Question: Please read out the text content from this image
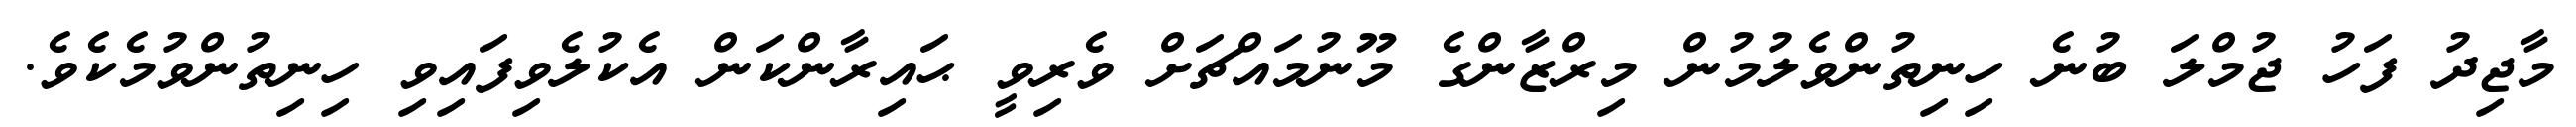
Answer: މާޖިދު ފަހު ޖުމްލަ ބުނެ ހިނިތުންވެލުމުން މިރްޒާންގެ މޫނުމައްޗަށް ވެރިވީ ޙައިރާންކަން އެކުލެވިފައިވި ހިނިތުންވުމެކެވެ.